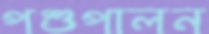
পশুপালন